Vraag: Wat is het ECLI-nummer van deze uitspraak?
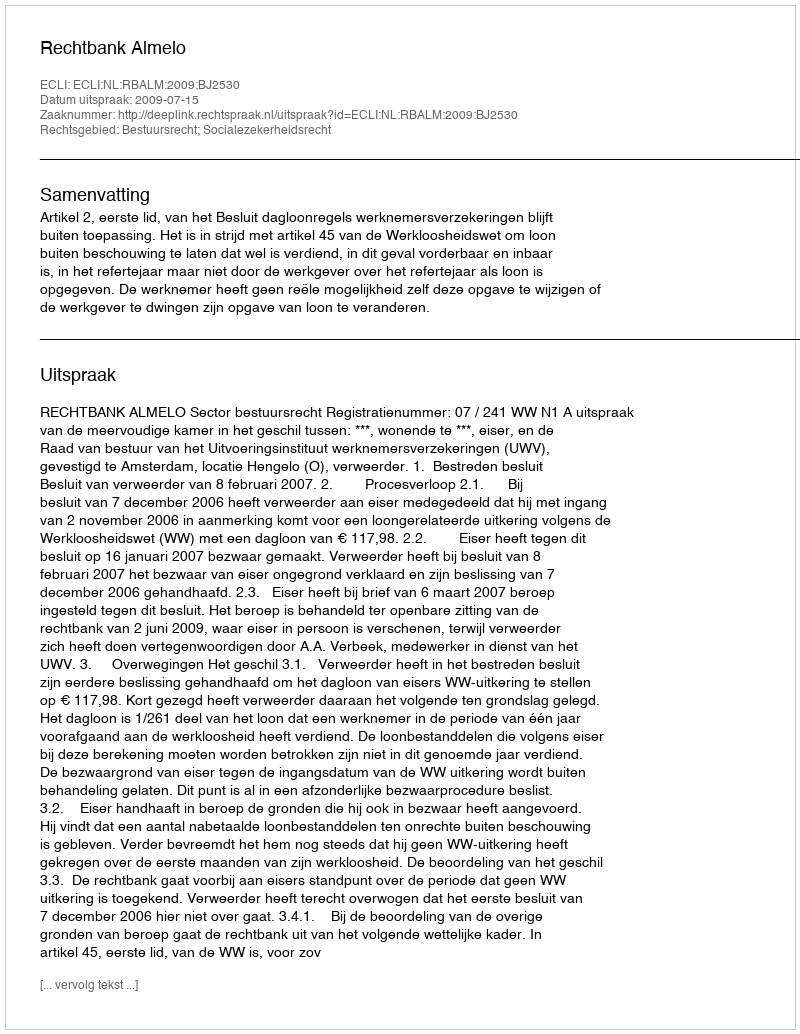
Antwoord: ECLI:NL:RBALM:2009:BJ2530